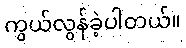
ကွယ်လွန်ခဲ့ပါတယ်။